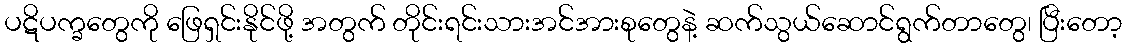
ပဋိပက္ခတွေကို ဖြေရှင်းနိုင်ဖို့ အတွက် တိုင်းရင်းသားအင်အားစုတွေနဲ့ ဆက်သွယ်ဆောင်ရွက်တာတွေ၊ ပြီးတော့